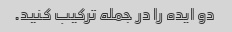
دو ایده را در جمله ترکیب کنید.